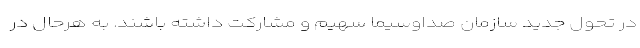
در تحول جدید سازمان صداوسیما سهیم و مشارکت داشته باشند. به هرحال در